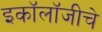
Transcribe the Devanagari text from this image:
इकॉलॉजीचे